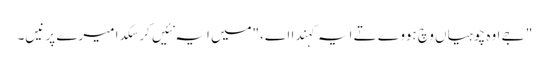
" جے اوہ چوہیاں وچ ہووے تے ایہ کہندا اے،"میں ایہ نئیں کر سکدا میرے پر نیں۔